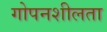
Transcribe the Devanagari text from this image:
गोपनशीलता